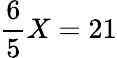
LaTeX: \frac{6}{5}X=21